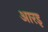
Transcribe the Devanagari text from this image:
आरइ